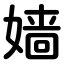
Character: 嫱